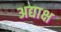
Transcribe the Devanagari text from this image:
अद्याक्ष